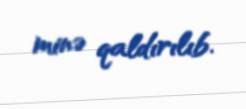
minə qaldırılıb.